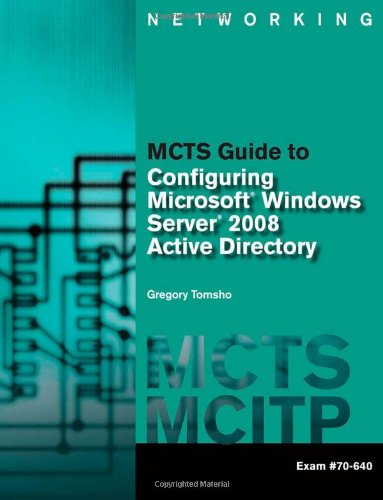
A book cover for MCTS Guide to Configuring Microsoft Windows Server 2008 Active Directory (Exam #70-640); Greg Tomsho; Computers & Technology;